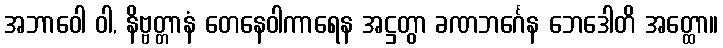
အဘာဝေါ ဝါ, နိဗ္ဗတ္တာနံ တေနေဝါကာရေန အဋ္ဌတွာ ခဏဘင်္ဂေန ဘေဒေါတိ အတ္ထော။